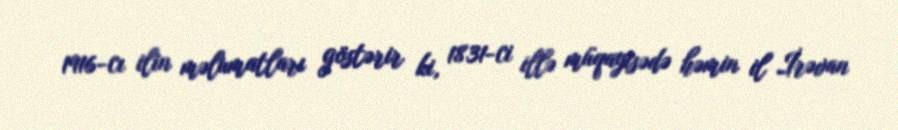
1916-cı ilin məlumatları göstərir ki, 1831-ci illə müqayisədə həmin il İrəvan